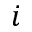
i